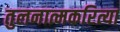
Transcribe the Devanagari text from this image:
तुलनात्मकरित्या